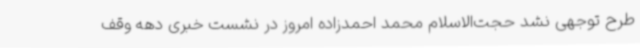
طرح توجهی نشد حجت‌الاسلام محمد احمدزاده امروز در نشست خبری دهه وقف